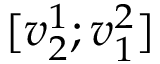
[ v _ { 2 } ^ { 1 } ; v _ { 1 } ^ { 2 } ]